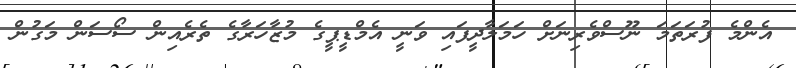
އެންމެ ފުރަތަމަ ނޫސްވެރިނަށް ހަމަލާދީފައި ވަނީ އެމްޑީޕީގެ މުޒާހަރާގެ ތެރެއިން ސޯސަން މަގުން